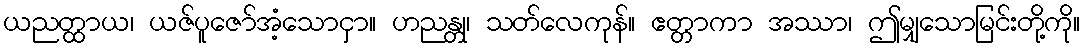
ယညတ္ထာယ၊ ယဇ်ပူဇော်အံ့သောငှာ။ ဟညန္တု၊ သတ်လေကုန်။ ဧတ္တာကာ အဿာ၊ ဤမျှသောမြင်းတို့ကို။